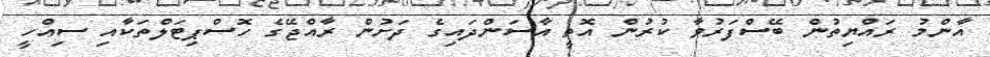
އާންމު ރައްޔިތުން ބޭސްފަރުވާ ކުރުން އޮތީ އާސަންދައިގެ ދަށުން ރާއްޖޭގެ ހޮސްޕިޓަލްތަކާއި ސިއްހީ